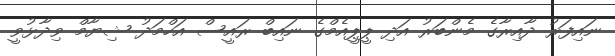
ނައިފަރު ދާއިރާގެ މެންބަރު އަދި ޕީޕީއެމްގެ ނައިބް ރައީސް އަހްމަދު ޝިޔާމް ވިދާޅުވީ